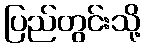
ပြည်တွင်းသို့